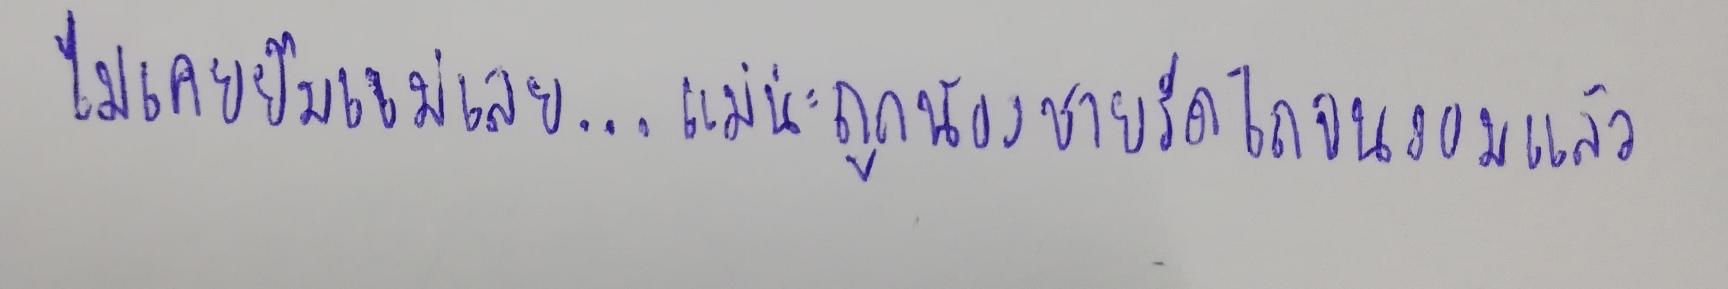
ไม่เคยยืมแม่เลย...แม่น่ะถูกน้องชายรีดไถจนงอมแล้ว